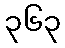
၃၆၃